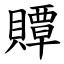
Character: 贉